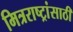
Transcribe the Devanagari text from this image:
मित्रराष्ट्रांसाठी